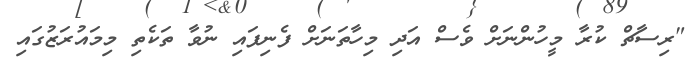
"ރިސާޗް ކުރާ މީހުންނަށް ވެސް އަދި މިހާތަނަށް ފެނިފައި ނުވާ ތަކެތި މިމައުރަޒުގައި